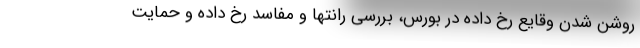
روشن شدن وقایع رخ داده در بورس، بررسی رانتها و مفاسد رخ داده و حمایت